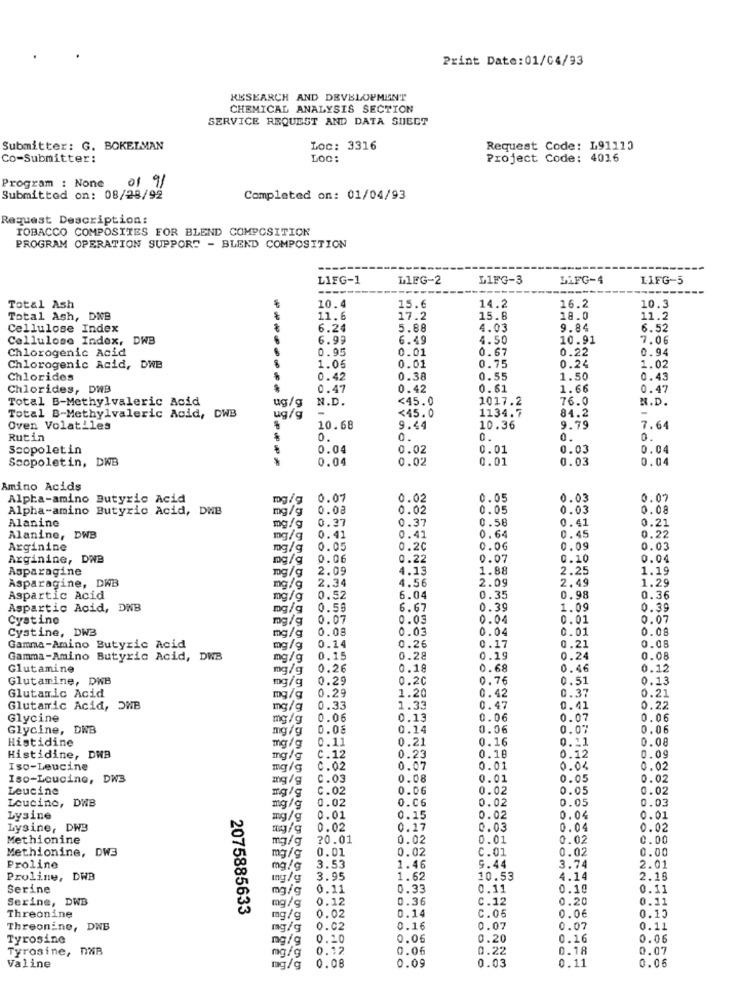
Print Date: 01/04/93
RESEARCH AND DEVELOPMENT
CHEMICAL ANALYSIS SECTION
SERVICE REQUEST AND DATA SHEET
Submitter: G. BOKELMAN
Loc: 3316
Request Code: L91110
Co-Submitter:
LOC:
Project Code: 4016
Program : None
01 91
Submitted on: 08/28/92
Completed on: 01/04/93
Request Description:
TOBACCO COMPOSITES FOR BLEND COMPOSITION
PROGRAM OPERATION SUPPORT - BLEND COMPOSITION
L1FG-1
LIEG-2
L1FG-3
LIFG-4
LIFG-5
Total Ash
10.4
15.6
14.2
16.2
10.3
Total Ash, DNB
11.6
17.2
15.8
18.0
11.2
Cellulose Index
6.24
5.88
4.03
9.84
6.52
Cellulose Index, DWB
6.99
6.49
4.50
10.91
7.06
Chlorogenic Acid
0.95
0.01
0.22
0.94
0.67
Chlorogenic Acid, DWB
1.06
0.01
0.75
0.24
1.02
Chlorides
0.42
0.38
0.55
1.50
0.43
Chlorides, DWB
0.47
0.42
0.61
1.66
0.47
Total B-Methylvaleric Acid
ug/g
N.D.
<45.0
1017.2
76.0
N.D.
-
<45.0
1134.7
84.2
Total B-Methylvaleric Acid, DWB
ug/q
Oven Volatiles
10.68
9.44
10.36
9.79
7.64
Rutin
0.
0.
0.
0.
0.
Scopoletin
0.04
0.02
0.01
0.03
0.04
Scopoletin, DWB
0.04
0.02
0.01
0.03
0.04
Amino Acids
Alpha-amino Butyric Acid
mg/g
0.07
0.02
0.05
0.03
0.07
Alpha-amino Butyric Acid, DNB
mg/g
0.08
0.02
0.05
0.03
0.08
Alanine
0.37
0.37
0.58
0.41
mg/g
0.64
0.45
0.21
Alanine, DWB
mg/g
0.41
0.41
0.22
Arginine
mg/g
0.05
0.20
0.06
0.09
0.03
Arginine, DWB
mg/g
0.06
0.22
0.07
0.10
0.04
Asparagine
mg/g
2.09
4.13
1.88
2.25
1.19
Asparagine, DWB
4.56
2.09
2.49
1.29
mg/g
2.34
Aspartic Acid
mg/g
0.52
6.04
0.35
0.98
ONNO
0.36
Aspartic Acid, DNB
mg/g
0.59
6.67
0.39
1.09
0.39
Cystine
mg/g
0.07
0.03
0.04
0.01
0.07
Cystine, DW3
mg/g
0.08
0.03
0.04
0.01
0.08
0.21
0.08
Gamma-Amino Butyric Acid
mg/g
0.26
0.17
Gamma-Amino Butyric Acid, DWB
mg/g
0.15
0.28
0.19
0.24
0.08
Glutamine
mg/g
0.26
0.18
0.68
0.46
0.12
Glutamine, DWB
mg/g
0.29
0.20
0.76
0.51
0.13
Glutamic Acid
1.20
0.37
0.21
mg/g
0.29
0.42
Glutamic Acid, OWB
mg/g
0.33
1.33
0.47
0.41
0.22
Glycine
mg/g
0.06
0.13
0.06
0.07
0.06
Glycine, DNB
mg/g
0.08
0.14
0.06
0.07
0.06
Histidine
0.11
0.21
0.16
0.11
0.08
mg/g
0.18
0.09
Histidine, DWB
mg/g
C.12
0.23
0.12
Iso-Leucine
mg/g
C.02
0.07
0.01
0.04
0.02
Iso-Loucine, DW3
mg/g
C.03
0.08
0.01
0.05
0.02
Leucine
C.02
0.06
0.02
0.05
0.02
Leucine, DWB
0.06
0.05
0.03
mg/g
0.02
0.02
Lysine
mg/g
0.01
0.15
0.02
0.04
0.01
Lysine, DWB
mg/g
0.02
0.17
0.03
0.04
0.02
Methionine
mg/g
?0.01
0.02
0.01
0.02
0.00
Methionine, DW3
0.01
0.02
C.01
0.02
0.00
mg/g
Proline
mg/g
3.53
1.46
9.44
3.74
2.01
Proline, DWB
mg/g
3.95
1.62
10.53
4.14
2.18
Serine
mg/g
0.11
0.33
0.11
0.10
0.11
Serine, DWB
mg/g
0.12
0.36
C.12
0.20
0.11
2075885633
0.14
C.06
0.15
Threonine
mg/g
0.02
0.0€
Threonine, DWB
mg/g
0.02
0.16
0.07
0.07
0.11
Tyrosine
mg/g
0.10
0.06
0.20
0.16
0.06
Tyrosine, DNB
0.12
0.06
0.22
0.18
0.07
mg/g
0.08
0.09
0.03
0.11
0.06
Valine
mg/g